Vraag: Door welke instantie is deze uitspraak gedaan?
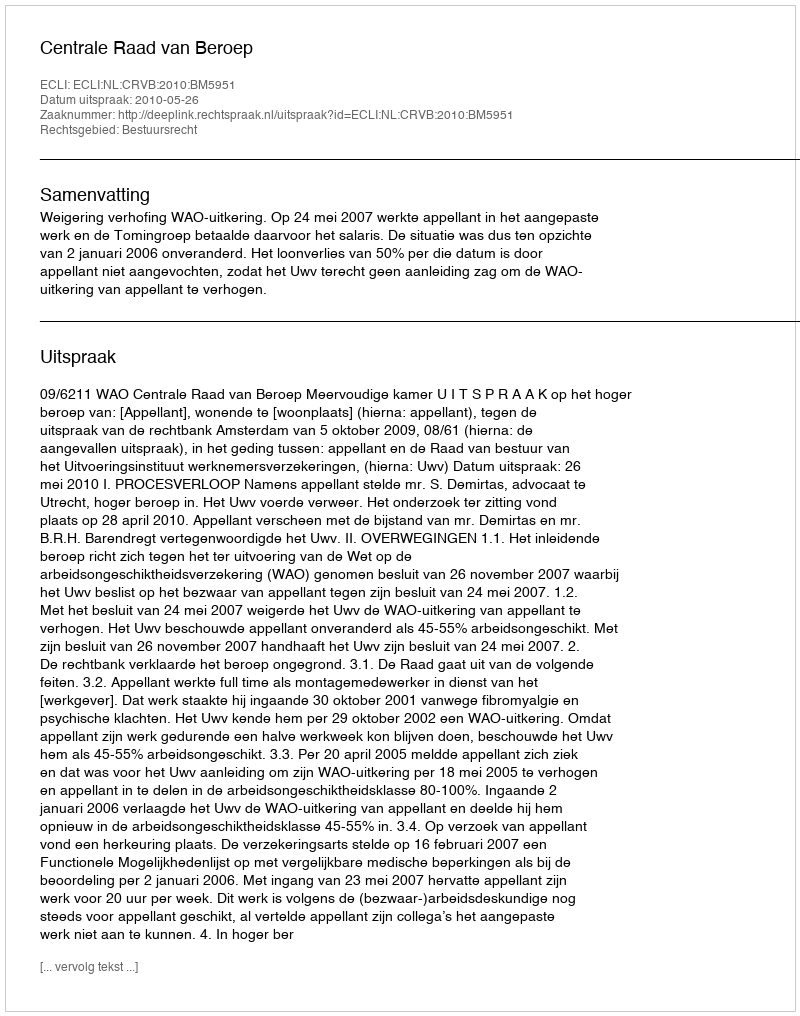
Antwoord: Centrale Raad van Beroep